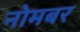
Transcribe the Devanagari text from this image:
नोमबर